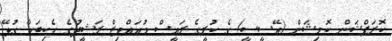
ކޮރަޕްޝަން ކޮމިޝަން (އޭސީސީ) ގެ ކުރީގެ ރައީސް މުއައްވިޒް ރަޝީދުގެ ހެކިބަހާ ގުޅޭ